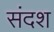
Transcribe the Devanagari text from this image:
संदश